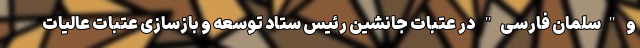
و "سلمان فارسی" در عتبات جانشین رئیس ستاد توسعه و بازسازی عتبات عالیات